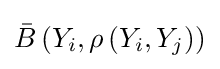
{\bar {B}}\left(Y_{i},\rho \left(Y_{i},Y_{j}\right)\right)